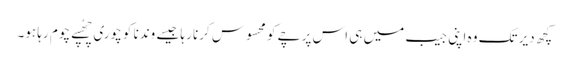
کچھ دیر تک وہ اپنی جیب میں ہی اس پرچے کو محسوس کرنا رہا جیسے وندنا کو چوری چھُپے چوم رہا ہو۔